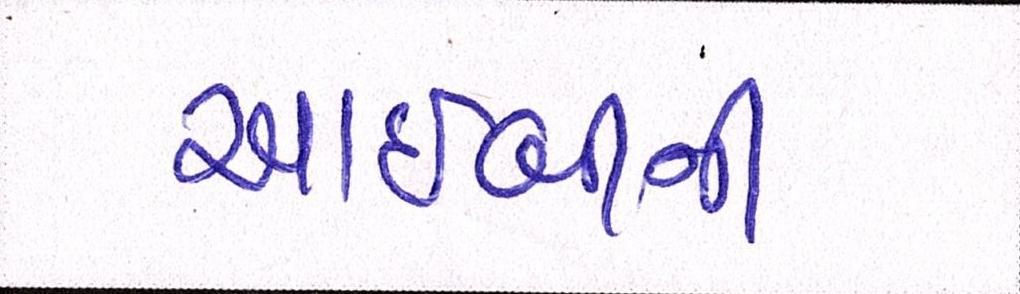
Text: આઈબીની